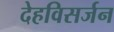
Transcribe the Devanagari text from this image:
देहविसर्जन